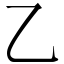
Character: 乙